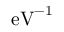
\mathrm { e V } ^ { - 1 }